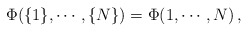
\begin{align*}\Phi (\{1\}, \cdots, \{N\}) = \Phi (1, \cdots, N)\,,\end{align*}